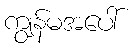
ကျွန်မအပေါ်